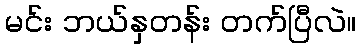
မင်း ဘယ်နှတန်း တက်ပြီလဲ။